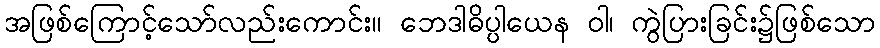
အဖြစ်ကြောင့်သော်လည်းကောင်း။ ဘေဒါဓိပ္ပါယေန ဝါ၊ ကွဲပြားခြင်း၌ဖြစ်သော